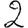
Digit: 2